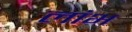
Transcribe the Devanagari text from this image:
लांभ